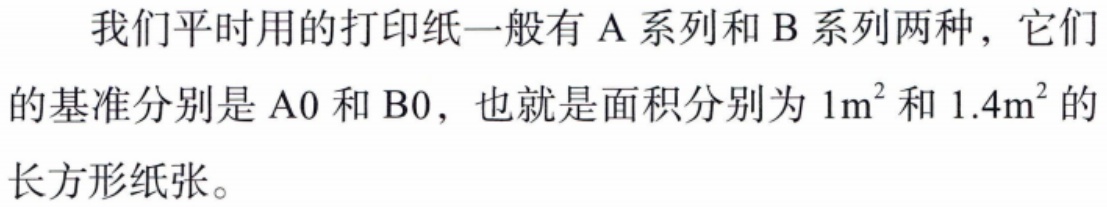
我们平时用的打印纸一般有 A 系列和 B 系列两种，它们的基准分别是 A0 和 B0，也就是面积分别为 \(1m^{2}\) 和 \(1.4m^{2}\) 的长方形纸张。